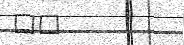
٧٢